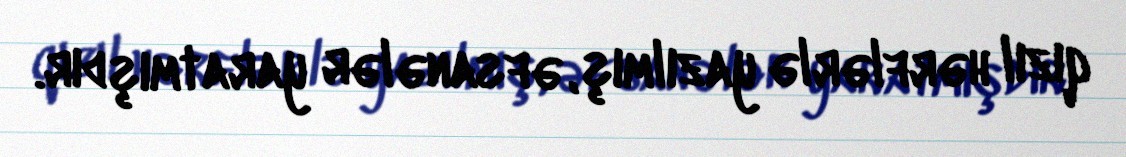
qızıl hərflərlə yazılmış, əfsanələr yaratmışdır.